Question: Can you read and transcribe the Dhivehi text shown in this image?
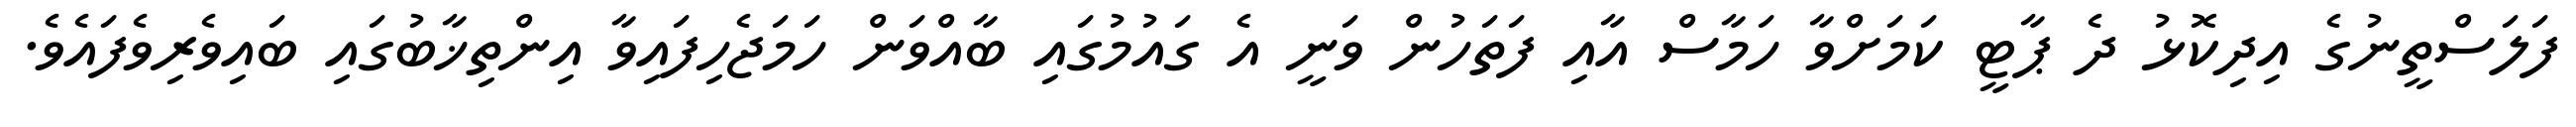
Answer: ފަލަސްތީނުގެ އިދިކޮޅު ދެ ޕާޓީ ކަމަށްވާ ހަމާސް އާއި ފަތަހުން ވަނީ އެ ގައުމުގައި ބާއްވަން ހަމަޖެހިފައިވާ އިންތިޚާބުގައި ބައިވެރިވެފައެވެ.